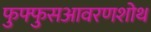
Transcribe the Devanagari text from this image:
फुफ्फुसआवरणशोथ